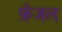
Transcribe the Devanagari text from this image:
फ़ैजल